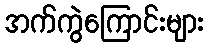
အက်ကွဲကြောင်းများ